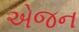
એજન